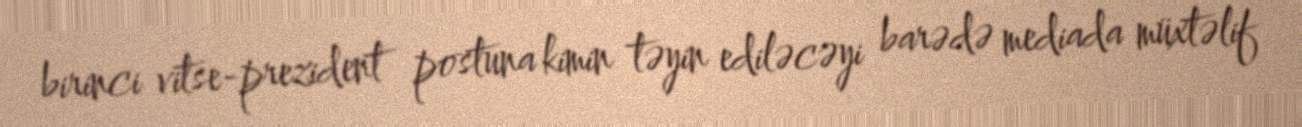
birinci vitse-prezident postuna kimin təyin ediləcəyi barədə mediada müxtəlif